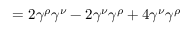
= 2 \gamma ^ { \rho } \gamma ^ { \nu } - 2 \gamma ^ { \nu } \gamma ^ { \rho } + 4 \gamma ^ { \nu } \gamma ^ { \rho }